Document type: Emphyteutic lease
Year: 1316
Scribe: Berenguer de Vallseca
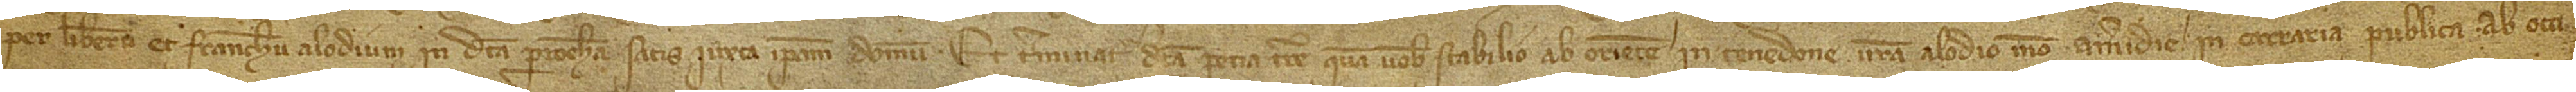
per liberum et franchum alodium in dicta parrochia, satis iuxta ipsam domum. Et terminatur dicta pecia terre quam vobis stabilio ad oriente in tenedone vestra, alodio meo; a meridie in carraria publica; ab occi-